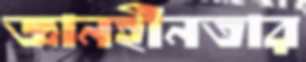
জ্ঞানহীনতার